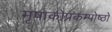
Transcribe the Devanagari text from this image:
मृषाकोप्रकम्पोष्ठो